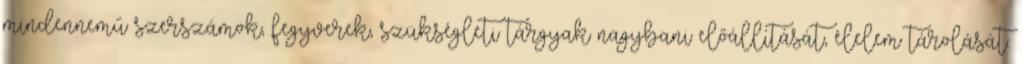
mindennemű szerszámok, fegyverek, szükségleti tárgyak nagybani előállítását, élelem tárolását.